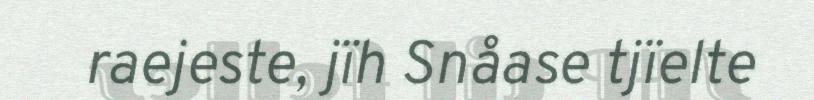
raejeste, jïh Snåase tjïelte